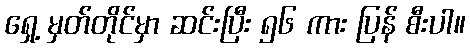
ရှေ့ မှတ်တိုင်မှာ ဆင်းပြီး ၅၆ ကား ပြန် စီးပါ။